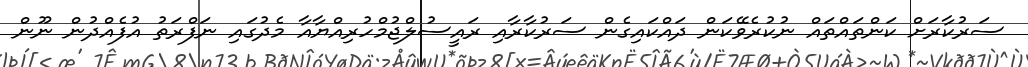
ސަރުކާރަށް ކަންތައްތައް ނުކުރެވޭކަން ދައްކައިގެން ސަރުކާރާއި ރައީސުލްޖުމްހުރިއްޔާއާ މެދުގައި ނަފްރަތު އުފެއްދުން ނޫން